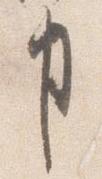
事